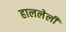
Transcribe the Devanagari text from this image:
हाललेली